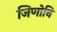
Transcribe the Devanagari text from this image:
जिणोनि